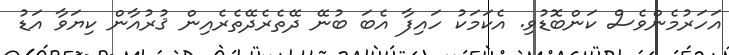
އަހަރުމެންވެސް ކަންބޮޑުވި. އެކަމަކު ހައިފާ އެބަ ބުނޭ ދޭތެރެދޭތެރެއިން ޤުރުއާން ކިޔަވާ އަޑު